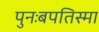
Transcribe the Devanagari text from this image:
पुनःबपतिस्मा